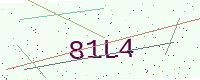
Text: 81L4